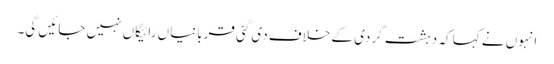
انہوں نے کہا کہ دہشت گردی کے خلاف دی گئی قربانیاں رائیگاں نہیں جائیں گی۔